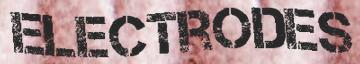
ELECTRODES